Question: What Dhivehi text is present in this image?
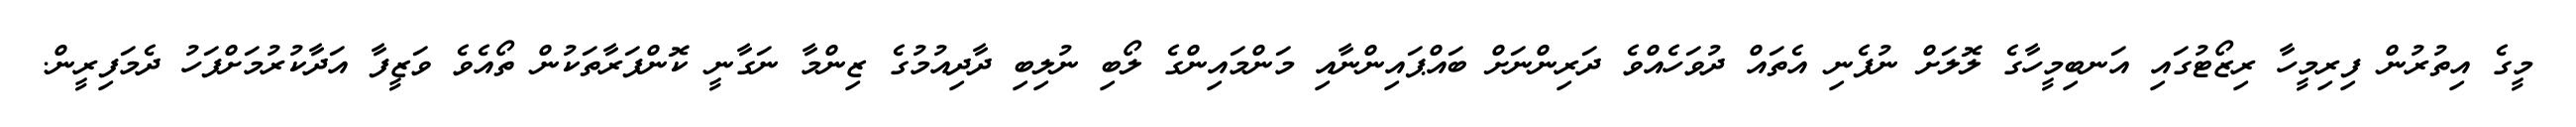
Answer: މީގެ އިތުރުން ފިރިމީހާ ރިޒޯޓުގައި އަނބިމީހާގެ ލޮލަށް ނުފެނި އެތައް ދުވަހެއްވެ ދަރިންނަށް ބައްޕައިންނާއި މަންމައިންގެ ލޯބި ނުލިބި ދާދިއުމުގެ ޒިންމާ ނަގާނީ ކޮންފަރާތަކުން ތޯއެވެ ވަޒީފާ އަދާކުރުމަށްފަހު ދެމަފިރީން.